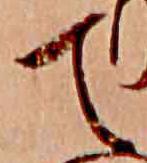
て